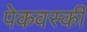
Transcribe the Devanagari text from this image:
पेकवर्स्की